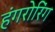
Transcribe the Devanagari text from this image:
हंगरोरिंग